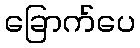
ခြောက်ပေ